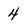
Character: 4